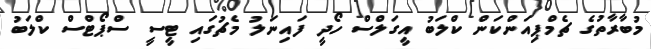
މުބާރާތުގެ ޗެމްޕިއަންކަން ކްލަބު އީގަލްސް ހޯދީ ފައިނަލު މެޗުގައި ޓީސީ ސްޕޯޓްސް ކްލަބު